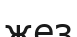
жез